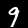
Digit: 9